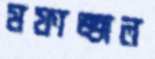
মফাজ্জল